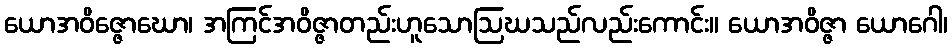
ယောအဝိဇ္ဇောဃော၊ အကြင်အဝိဇ္ဇာတည်းဟူသောဩဃသည်လည်းကောင်း။ ယောအဝိဇ္ဇာ ယောဂေါ၊